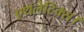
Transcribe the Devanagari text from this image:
एथलेटिक्स।